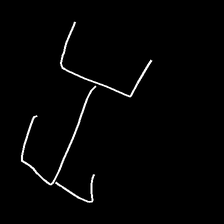
Glyph: entwine